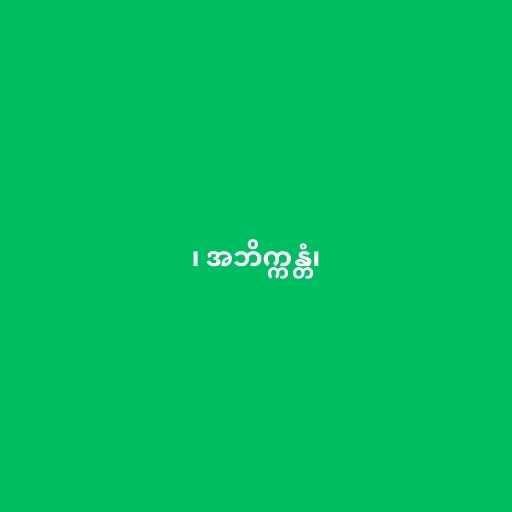
၊ အဘိက္ကန္တံ၊